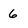
Character: 6